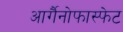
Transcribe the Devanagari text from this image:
आर्गैनोफास्फेट